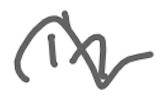
Text: in
Cross-out: wave
Writing tool: digital_gray